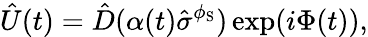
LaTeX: \hat{U}(t)=\hat{D}(\alpha(t)\hat{\sigma}^{\phi_{\mathrm{S}}})\exp(i\Phi(t)),